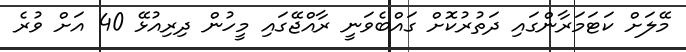
މޭލަށް ކަޓަމަރާންގައި ދަތުރުކޮށް ގައްބެވަނީ ރާއްޖޭގައި މީހުން ދިރިއުޅޭ 40 އަށް ވުރެ